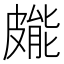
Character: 𭽳